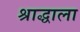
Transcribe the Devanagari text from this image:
श्राद्धाला